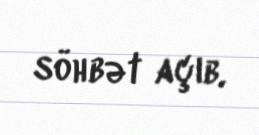
söhbət açıb.